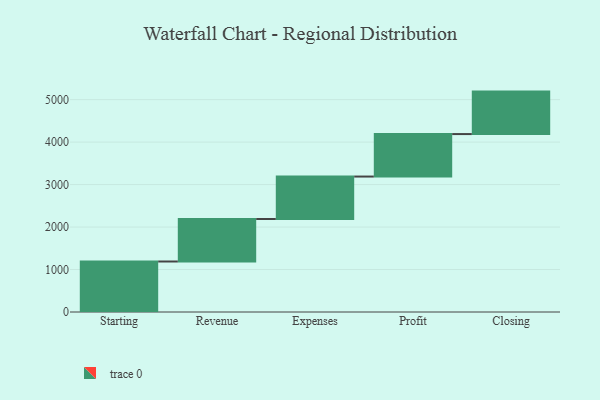
{"axis": {"x": "Step", "y": "Value"}, "legend": [""], "data": [{"x": "Starting", "y": 1189.0, "type": ""}, {"x": "Revenue", "y": 1000, "type": ""}, {"x": "Expenses", "y": 1000, "type": ""}, {"x": "Profit", "y": 1000, "type": ""}, {"x": "Closing", "y": 1000, "type": ""}]}